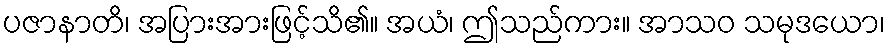
ပဇာနာတိ၊ အပြားအားဖြင့်သိ၏။ အယံ၊ ဤသည်ကား။ အာသဝ သမုဒယော၊